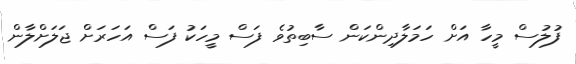
ފުލުސް މީހާ އަށް ހަމަލާދިންކަން ސާބިތުވެ ފަސް މީހަކު ފަސް އަހަރަށް ޖަލަށްލާން